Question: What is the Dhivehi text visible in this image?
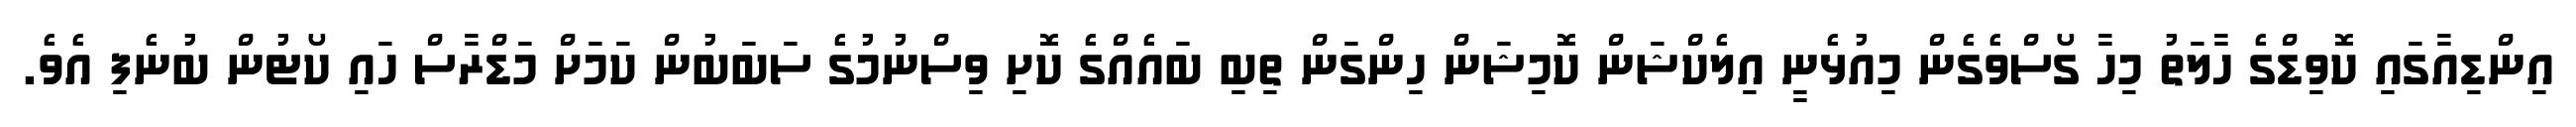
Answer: އިންޑިއާގައި ކޮވިޑްގެ ހާލަތު މިހާ ގޯސްވެގެން މިއުޅެނީ އިލެކްޝަން ކޮމިޝަން ހިންގަން ތިބި ބައެއްގެ ކޮށި ވިސްނުމުގެ ސަބަބުން ކަމަށް މަޑްރާސް ހައި ކޯޓުން ބުނެފި އެވެ.